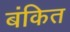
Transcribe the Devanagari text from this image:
बंकित